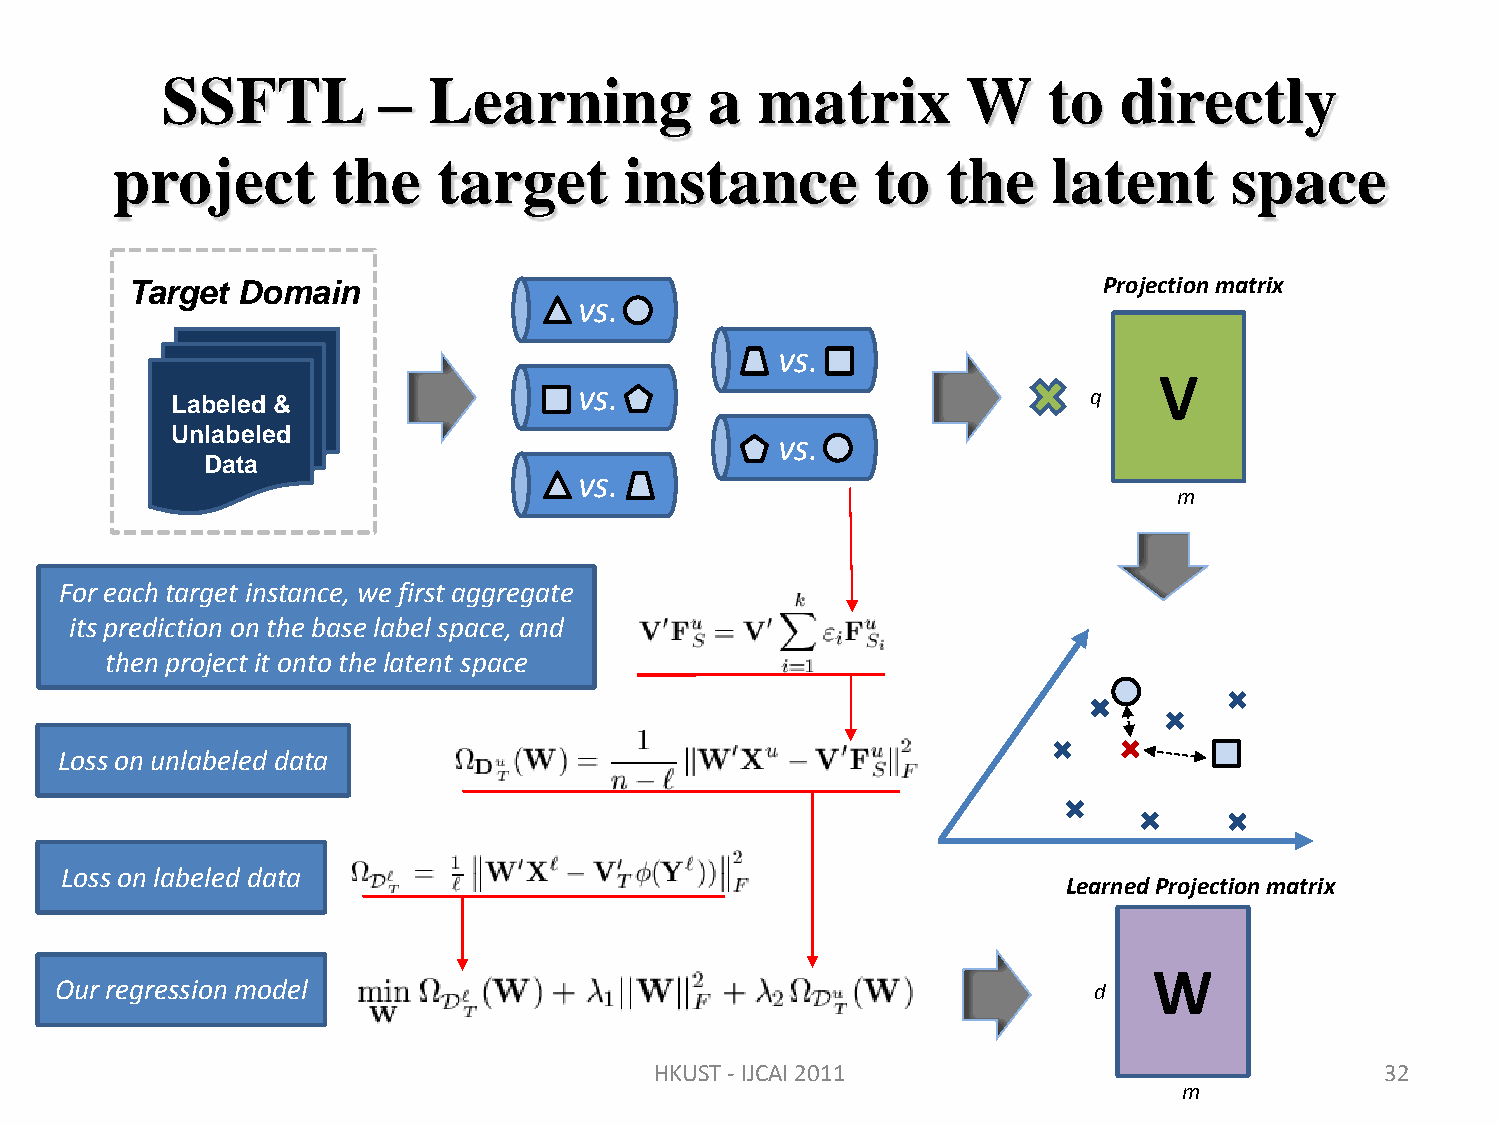
SSFTL         –  Learning           a  matrix        W    to   directly
 project        the    target      instance         to   the    latent     space
 Projection matrix
 Target  Domain
 vs.
 vs.
 V
 Labeled &                  vs.                               q
 Unlabeled
 vs.
 Data
 vs.
 m
 For each target instance, we first aggregate
 its prediction on the base label space, and
 then project it onto the latent space
 Loss on unlabeled data
 Loss on labeled data
 Learned Projection matrix
 W
 Our regression model                                                d
 HKUST - IJCAI 2011                               32
 m